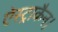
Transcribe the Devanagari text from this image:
ऐस्ट्राकैन।